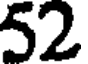
52